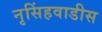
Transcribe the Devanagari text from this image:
नृसिंहवाडीस